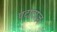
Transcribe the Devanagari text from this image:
पटाटाज़